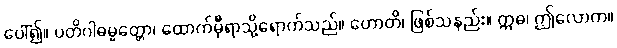
ပေါ်၍။ ပတိဂါဓမ္မတ္တော၊ ထောက်မှီရာသို့ရောက်သည်။ ဟောတိ၊ ဖြစ်သနည်း။ ဣဓ၊ ဤလောက။